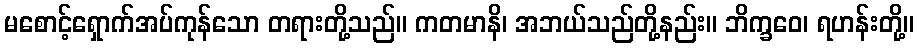
မစောင့်ရှောက်အပ်ကုန်သော တရားတို့သည်။ ကတမာနိ၊ အဘယ်သည်တို့နည်း။ ဘိက္ခဝေ၊ ရဟန်းတို့။